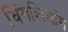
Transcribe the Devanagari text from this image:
चिंगशिआंग